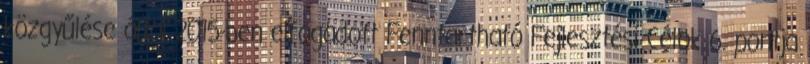
közgyűlése által 2015-ben elfogadott Fenntartható Fejlesztési Célok 6. pontja